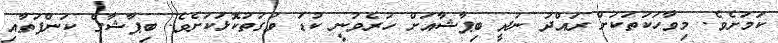
ކަމަށެވެ. މިވާހަކަތަކަށް ރައްދު ނުދީ ބިޕާޝާއަށް ހުރެވުނީ ކުޑަ ވަގުތުކޮޅަކަށެވެ. ބިޕާޝާގެ ކަންފަތާއި